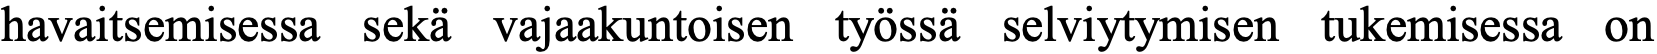
havaitsemisessa sekä vajaakuntoisen työssä selviytymisen tukemisessa on